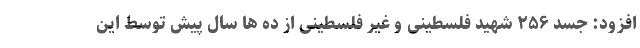
افزود: جسد ۲۵۶ شهید فلسطینی و غیر فلسطینی از ده ها سال پیش توسط این